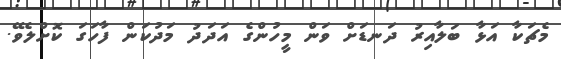
މެޗަކާ އަޅާ ބަލާއިރު ދަނޑަށް ވަން މީހުންގެ އަދަދު މަދުކަން ފާހަގަ ކޮށްލެވޭ.